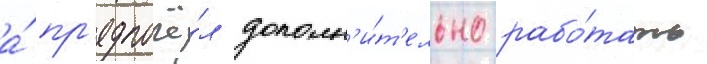
а́ пр'едпочё́л дополн'и́т'ельно рабо́тать